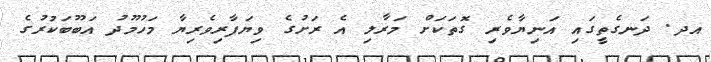
އދ. ދަނގެތީގައި އަނިޔާވެރި ގޮތަކަށް މަރާލި އެ ރަށުގެ ވިޔަފާރިވެރިޔާ މަހުމޫދު އަބޫބަކުރުގެ